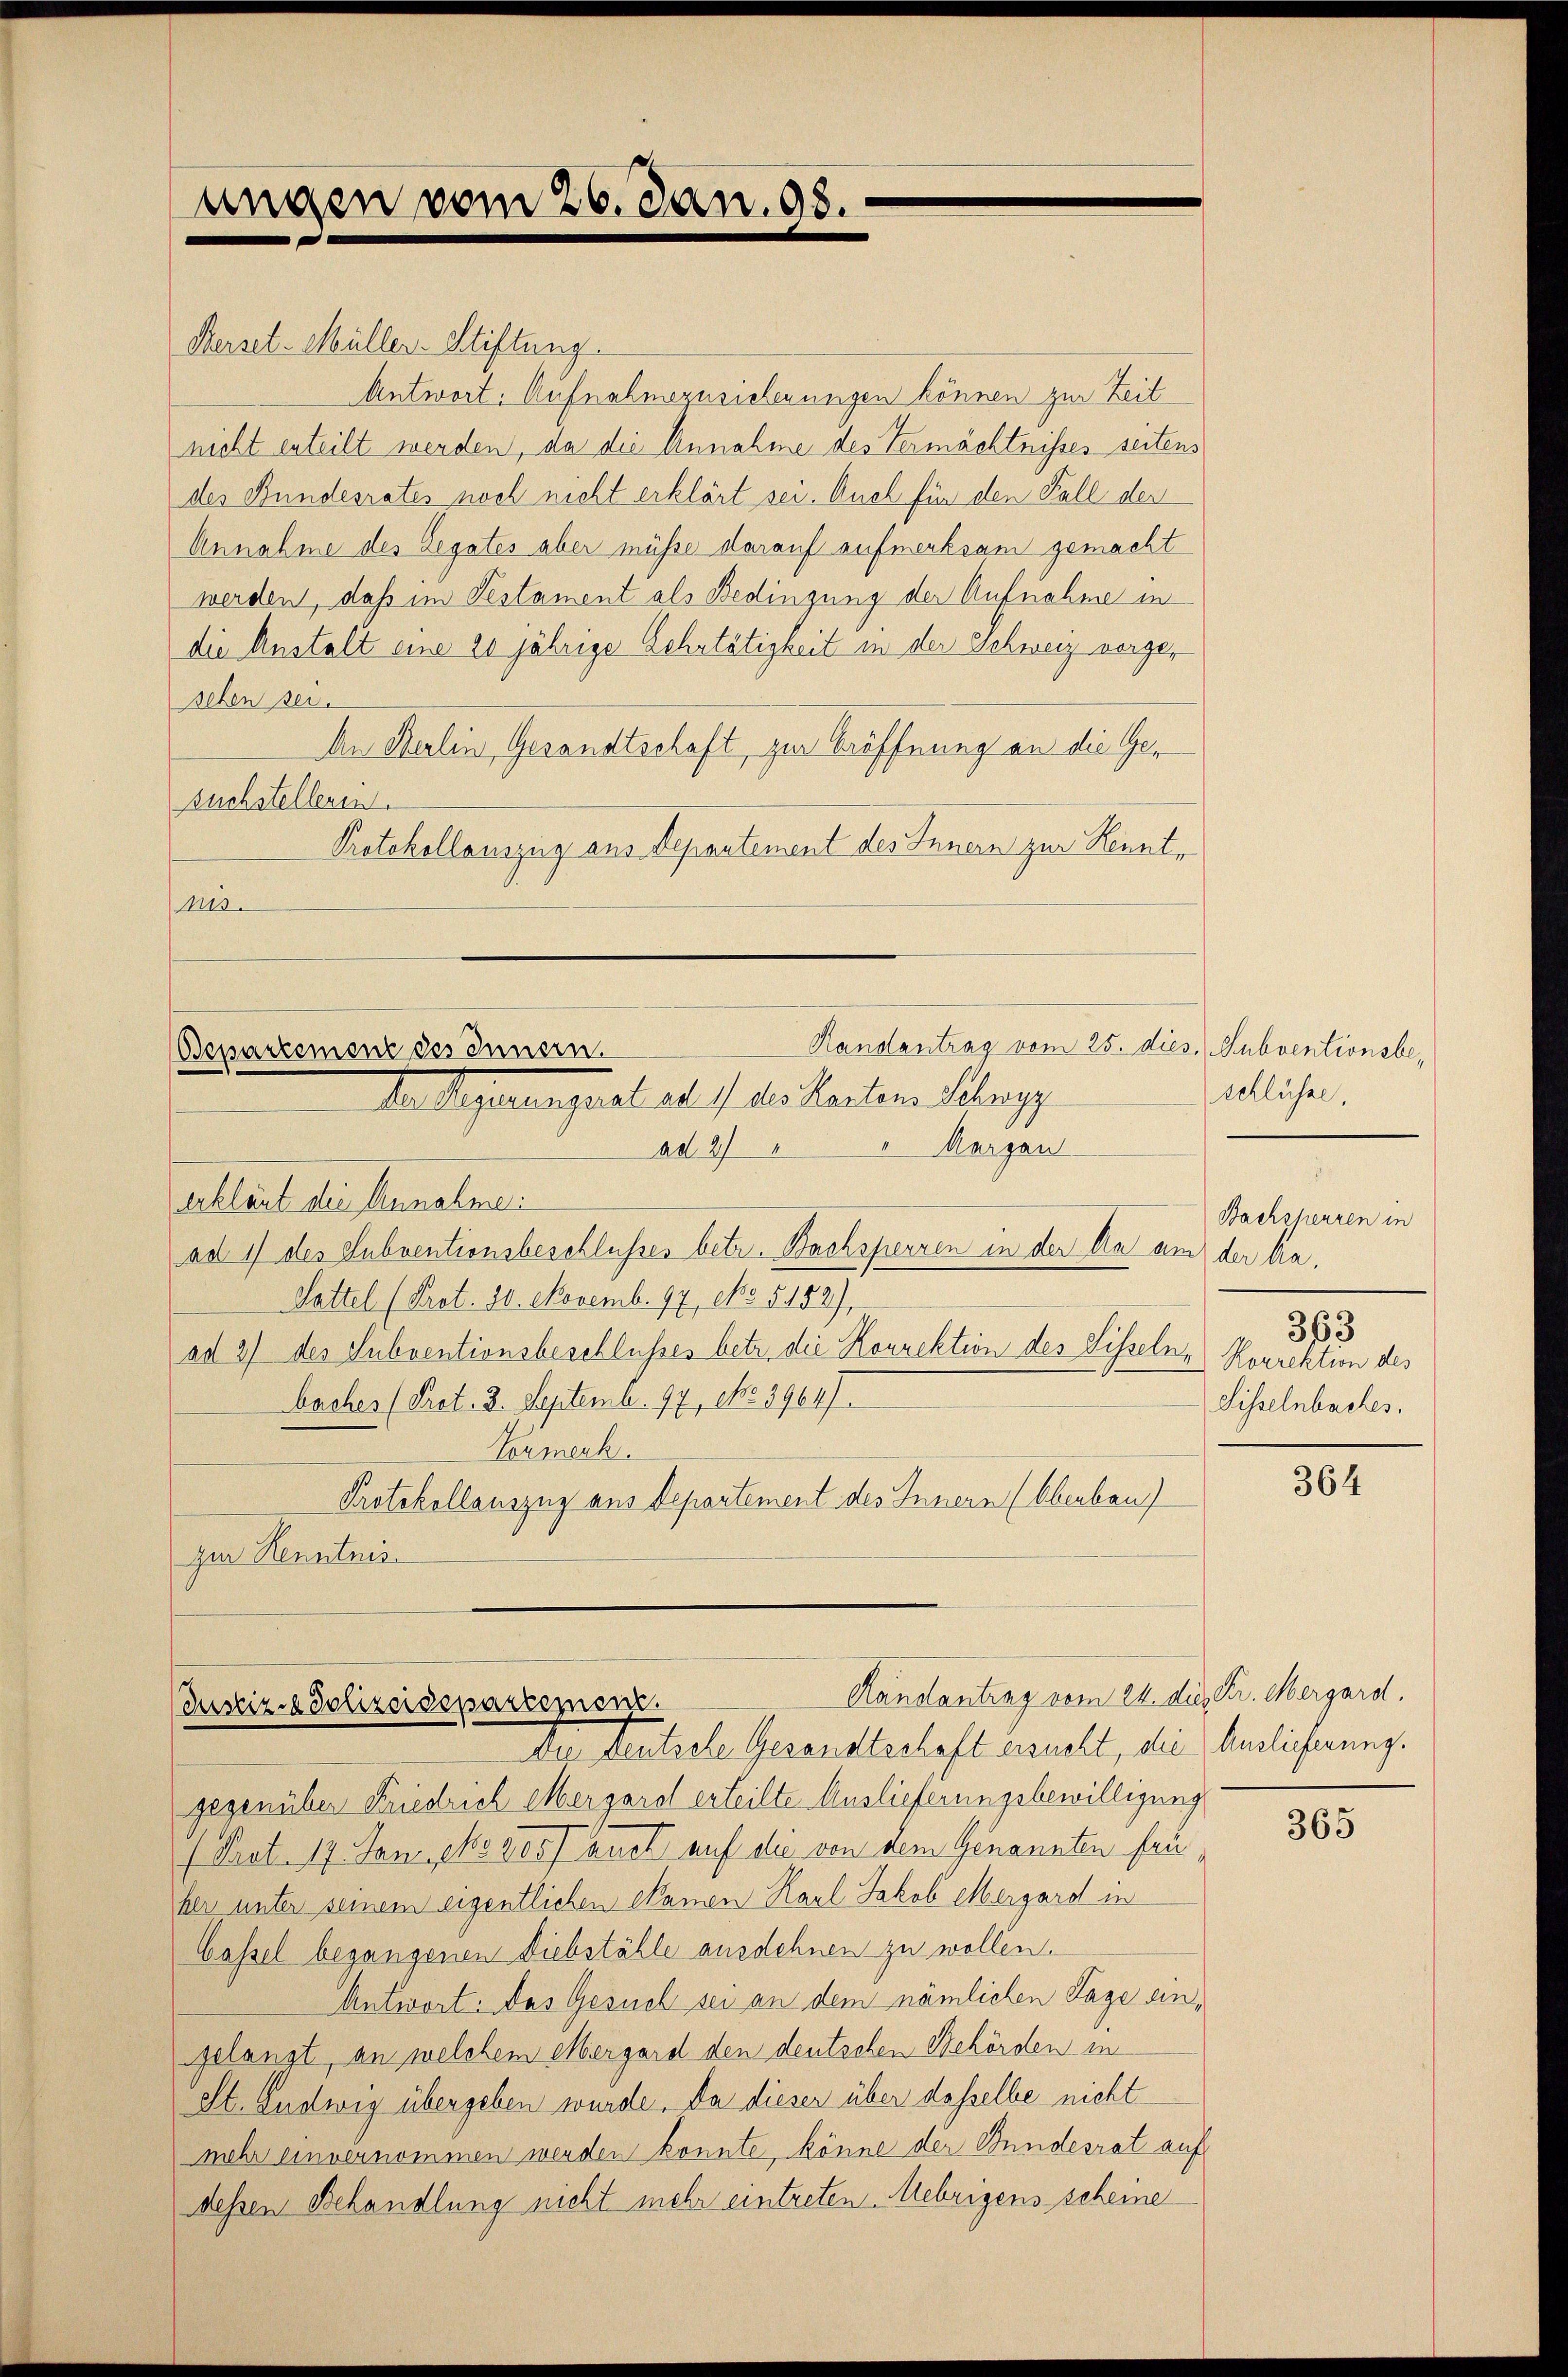
ungen vom 26. Jan. 98.

Merset-Müller-Stiftung.
Antwort. Aufnahmezusicherungen können zur Zeit
nicht enteilt werden, da die Annahme des Vermächtnisses seitens
des Bundesrates noch nicht erklärt sei. Auch für den Fall der
Annahme des Legates aber müsse darauf aufmerksam gemacht
werden, daß im Testament als Bedingung der Aufnahme in
die Anstalt eine 20 jährige Lehrtätigkeit in der Schweiz vorgesehen sei.
An Herlin, Gesandtschaft, zur Eröffnung an die Gesuchstelleren.
Protokollauszug aus Departement des Innern zur Kenntaus.

"Margau
ad 2
erklärt der Annahme:
ad 1) des Subventionsbeschlusses betr. Bachsperren in der An am der ka¬
Sattel (Prot. 20. Novemb. 97, eo 5182),
ad 37 des Subventionsbeschlusses betr. die Korrektion des Sisseln, Korrektion des
baches (Prot. 2. Septemb. 97, eo 39647
Tonmerk.
Protokollauszug aus Departement des Innern (Oberbau
gur Kenntnis

Randantrag vom 25. dies, Subventionsbe¬
Bepartement des Innern.
Wollegensaal d. 1 des Kanton Klag

Handantrag vom 24. dies Fr. Mergard.
Justiz- & Polizeidepartement.
Der teutsche Gesandtschaft ersucht, die Antlicherung.

schlüsse,
Bachsperren in
363
Sisselnbaches.

gegenüber Friedrich Mergard erteilte Auslieferungsbewilligung
(Prat. 17. Jani, No 205/ auch auf die von dem Genannten heuher unter seinem eigentlichen kamen Karl Jakob Mergard in
Cassel begangenen Diebstähle ausdehnen zu wollen.
Antwort: Das Gesuch sei an dem nämlichen Tage angelangt, an welchem Obergard den deutschen Behörden in
St. Ludwig übergeben wurde. Da dieser über dasselbe nicht
mehr einvernommen werden konnte, könne der Bundesrat auf
dessen Behandlung nicht mehr eintreten Mebrigens scheine

364

365